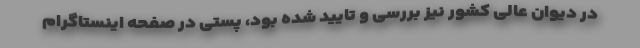
در دیوان عالی کشور نیز بررسی و تایید شده بود، پستی در صفحه اینستاگرام